Annual administration report of the Civil Veterinary Department of India - 1896-1897
Year: 1896
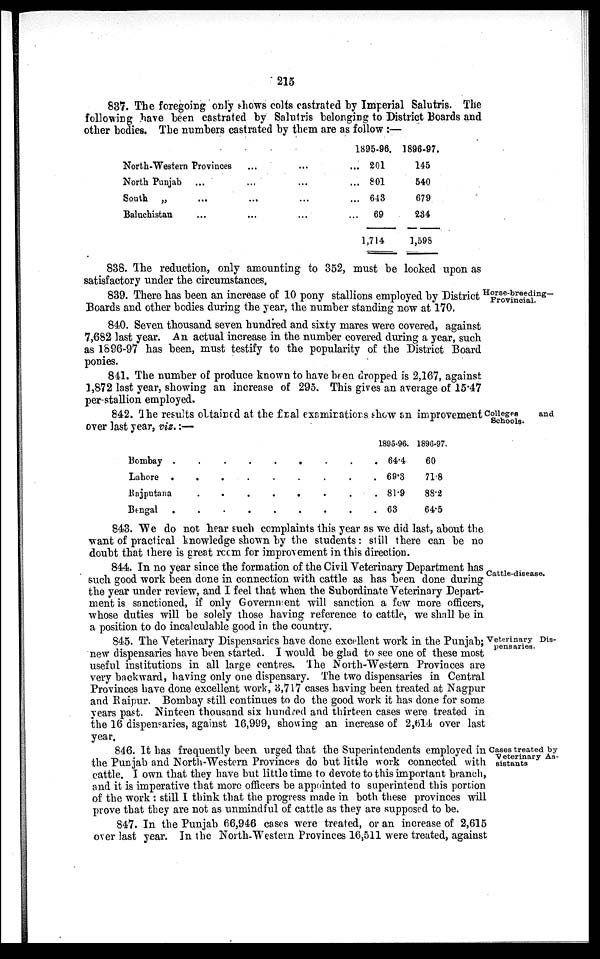
215
837. The foregoing only shows colts castrated by Imperial Salutris. The
following have been castrated by Salutris belonging to District Boards and
other bodies. The numbers castrated by them are as follow:—
North-Western Provinces ... ...
North Punjab ... ... ...
South „ ... ... ...
Baluchistan ... ... ...
1895-96.
... 201
... 801
... 643
...
69
1,714
1896-97.
145
540
679
234
1,598
838. The reduction, only amounting to 352, must be looked upon as
satisfactory under the circumstances.
Horse-breeding—
Provincial.
839. There has been an increase of 10 pony stallions employed by District
Boards and other bodies during the year, the number standing now at 170.
840. Seven thousand seven hundred and sixty mares were covered, against
7,682 last year. An actual increase in the number covered during a year, such
as 1896-97 has been, must testify to the popularity of the District Board
ponies.
841. The number of produce known to have been dropped is 2,167, against
1,872 last year, showing an increase of 295. This gives an average of 15.47
per stallion employed.
Colleges
and
Schools.
842. The results obtained at the final examinations show an improvement
over last year, viz.:—
Bombay . . . . . . . . .
Lahore . . . . . . . . .
Rajputana
.
.
.
.
.
.
.
.
Bengal . . . . . . . . .
1895-96.
64.4
69.3
81.9
63
1896-97.
60
71.8
88.2
64.5
843. We do not hear such complaints this year as we did last, about the
want of practical knowledge shown by the students: still there can be no
doubt that there is great room for improvement in this direction.
Cattle-disease.
844. In no year since the formation of the Civil Veterinary Department has
such good work been done in connection with cattle as has been done during
the year under review, and I feel that when the Subordinate Veterinary Depart-
ment is sanctioned, if only Government will sanction a few more officers,
whose duties will be solely those having reference to cattle, we shall be in
a position to do incalculable good in the country.
Veterinary Dis-
pensaries.
845. The Veterinary Dispensaries have done excellent work in the Punjab;
new dispensaries have been started. I would be glad to see one of these most
useful institutions in all large centres. The North-Western Provinces are
very backward, having only one dispensary. The two dispensaries in Central
Provinces have done excellent work, 3,717 cases having been treated at Nagpur
and Raipur. Bombay still continues to do the good work it has done for some
years past. Ninteen thousand six hundred and thirteen cases were treated in
the 16 dispensaries, against 16,999, showing an increase of 2,614 over last
year.
Cases treated by
Veterinary As-
sistants
846. It has frequently been urged that the Superintendents employed in
the Punjab and North-Western Provinces do but little work connected with
cattle. I own that they have but little time to devote to this important branch,
and it is imperative that more officers be appointed to superintend this portion
of the work: still I think that the progress made in both these provinces will
prove that they are not as unmindful of cattle as they are supposed to be.
847. In the Punjab 66,946 cases were treated, or an increase of 2,615
over last year. In the North-Western Provinces 16,511 were treated, against